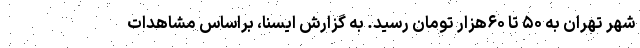
شهر تهران به ۵۰ تا ۶۰هزار تومان رسید. به گزارش ایسنا، براساس مشاهدات